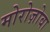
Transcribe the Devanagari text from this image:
मोरोज़ोवा